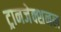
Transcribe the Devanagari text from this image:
ट्रानजेक्शनल